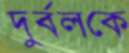
দুর্বলকে